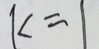
k = 1